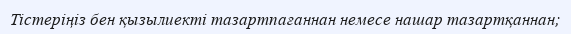
Тістеріңіз бен қызылиекті тазартпағаннан немесе нашар тазартқаннан;